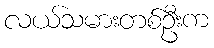
လယ်သမားတစ်ဦးက